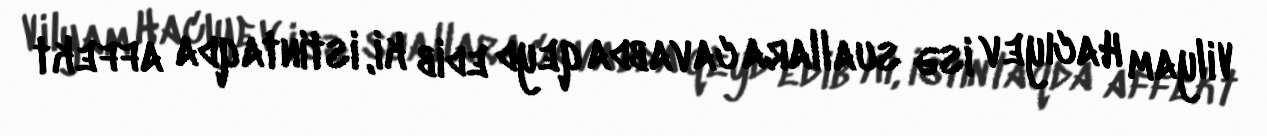
Vilyam Hacıyev isə suallara cavabda qeyd edib ki, istintaqda affekt